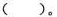
()。